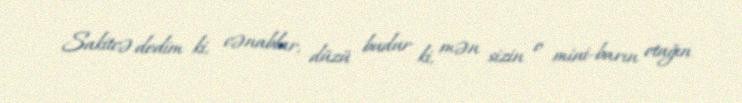
Sakitcə dedim ki, cənablar, düzü budur ki, mən sizin o mini-barın otağın